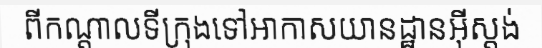
ពីកណ្តាលទីក្រុងទៅអាកាសយានដ្ឋានអ៊ីស្តង់